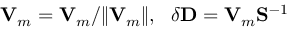
{ \bf V } _ { m } = { \bf V } _ { m } / \| { \bf V } _ { m } \| , ~ ~ \delta { \bf D } = { \bf V } _ { m } { \bf S } ^ { - 1 }